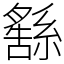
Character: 𦅚